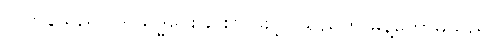
ဂိလာနသည် ပါရိသုဒ္ဓိပေးခြင်းငှာ ခွင့်ပြုသည်ဟု မိန့်တော်မူသည်။